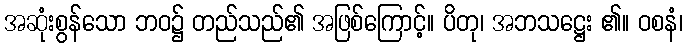
အဆုံးစွန်သော ဘဝ၌ တည်သည်၏ အဖြစ်ကြောင့်။ ပိတု၊ အဘသဋ္ဌေး ၏။ ဝစနံ၊